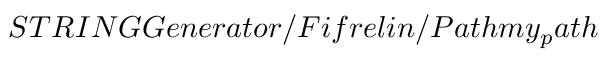
S T R I N G G e n e r a t o r / F i f r e l i n / P a t h m y _ { p } a t h